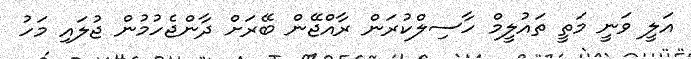
އަލީ ވަނީ މަތީ ތައުލީމް ހާސިލްކުރަން ރާއްޖޭން ބޭރަށް ދާންޖެހުމުން ޖުލައި މަހު